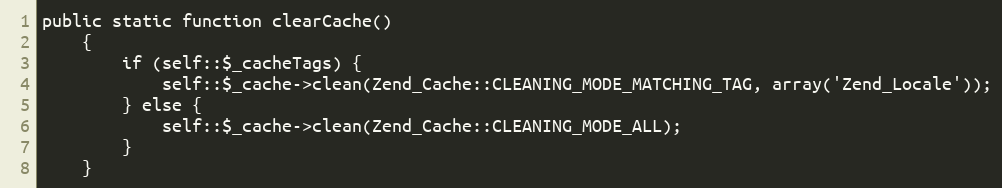
Language: PHP
public static function clearCache()
    {
        if (self::$_cacheTags) {
            self::$_cache->clean(Zend_Cache::CLEANING_MODE_MATCHING_TAG, array('Zend_Locale'));
        } else {
            self::$_cache->clean(Zend_Cache::CLEANING_MODE_ALL);
        }
    }